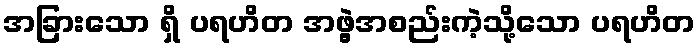
အခြားသော ရှိ ပရဟိတ အဖွဲ့အစည်းကဲ့သို့သော ပရဟိတ